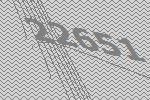
22651